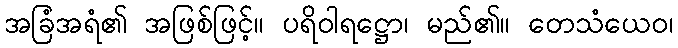
အခြံအရံ၏ အဖြစ်ဖြင့်။ ပရိဝါရဋ္ဌော၊ မည်၏။ တေသံယေဝ၊